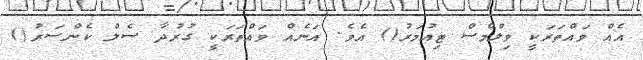
އެއް ވައްތަރަކީ ވިލްމްސް ޓިއުމަރު() އެވެ. އަނެއް ވައްތަރަކީ ގުރުދާ ސެލް ކެންސަރު()